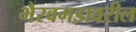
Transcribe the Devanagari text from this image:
भैरवगडावरील